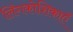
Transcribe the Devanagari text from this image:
लिंगकोशिकाएँ